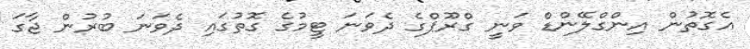
އެގޮތުން އިންގްލޭންޑް ވަނީ ގްރޫޕްގެ ދެވަނަ ޓީމުގެ ގޮތުގައި ދެވަނަ ބުރުން ޖާގަ